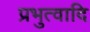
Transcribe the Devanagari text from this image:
प्रभुत्वादि